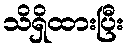
သိရှိထားပြီး